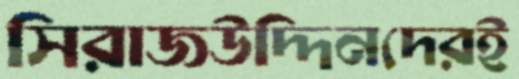
সিরাজউদ্দিনদেরই